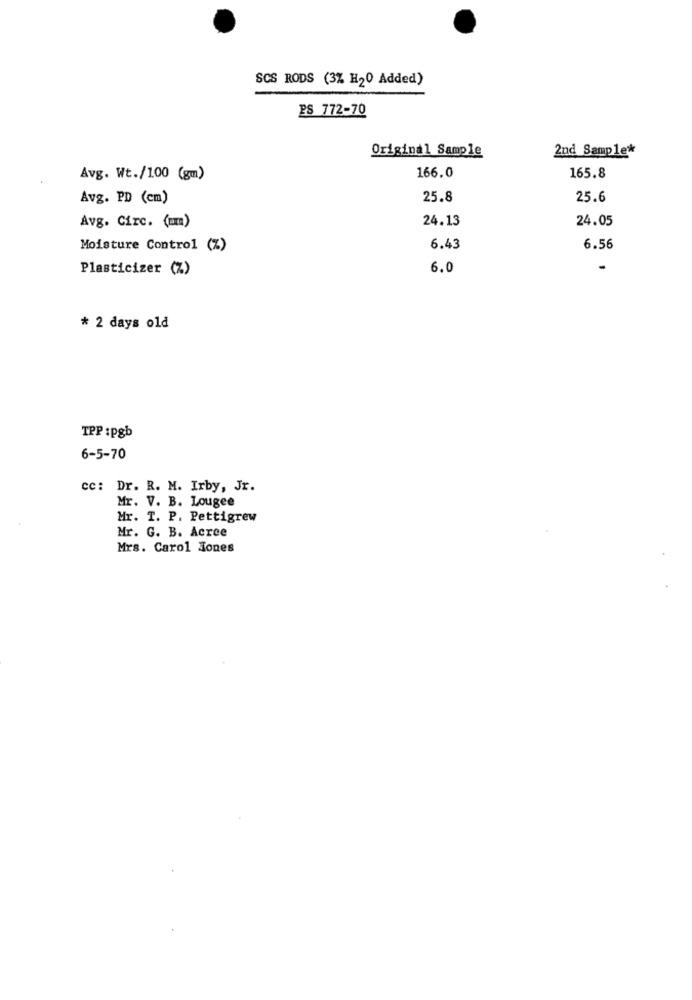
SCS RODS (3% H20 Added)
PS 772-70
Original Sample
2nd Sample*
166.0
Avg. Wt./100 (gm)
165.8
Avg. PD (cm)
25.8
25.6
24.13
24.05
Avg. Circ. (um)
Moisture Control (%)
6.43
6.56
Plasticizer (%)
6.0
* 2 days old
TPP :pgb
6-5-70
cc: Dr. R. M. Irby, Jr.
Mr. V. B. Lougee
Mr. T. P. Pettigrew
Mr. G. B. Acree
Mrs. Carol Jones